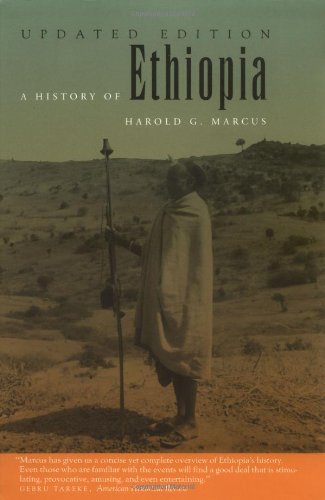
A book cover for A History of Ethiopia Updated Edition; Harold G. Marcus; History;